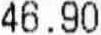
46.90